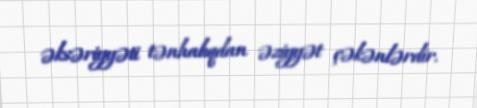
əksəriyyəti tənhalıqdan əziyyət çəkənlərdir.